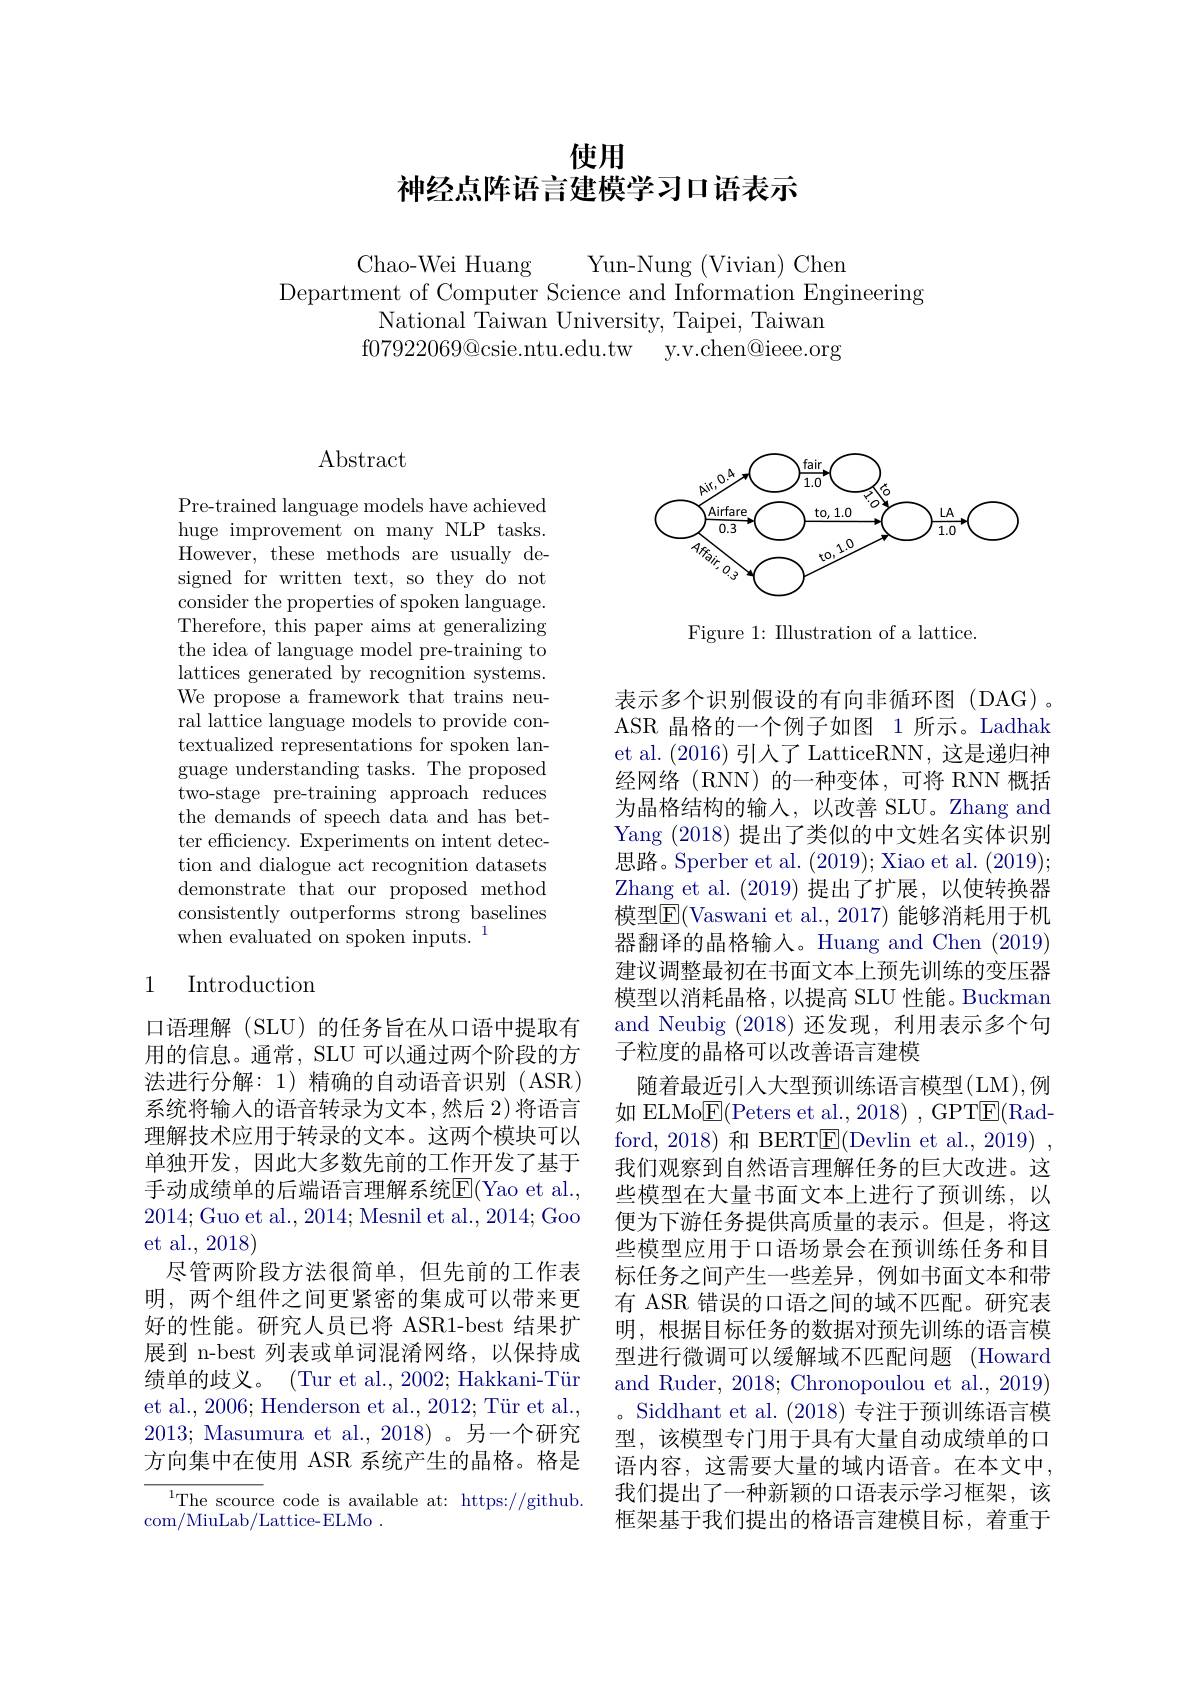
使用
神经点阵语言建模学习口语表示

Chao-Wei Huang
Yun-Nung (Vivian) Chen
Department of Computer Science and Information Engineering
National Taiwan University, Taipei, Taiwan f07922069@ csie. ntu. edu. tw y. v. chen@ ieee. org

## $\operatorname{Abstract}$

Pre-trained language models have achieved huge improvement on many NLP tasks. However, these methods are usually designed for written text, so they do not consider the properties of spoken language. Therefore, this paper aims at generalizing the idea of language model pre-training to lattices generated by recognition systems. We propose a framework that trains neural lattice language models to provide contextualized representations for spoken language understanding tasks. The proposed two-stage pre-training approach reduces the demands of speech data and has better efficiency. Experiments on intent detection and dialogue act recognition datasets demonstrate that our proposed method consistently outperforms strong baselines when evaluated on spoken inputs.$^1$

## 1 Introduction

口语理解 (SLU) 的任务旨在从口语中提取有用的信息。通常，SLU 可以通过两个阶段的方法进行分解：1)精确的自动语音识别(ASR) 系统将输入的语音转录为文本，然后 2)将语言理解技术应用于转录的文本。这两个模块可以单独开发，因此大多数先前的工作开发了基于手动成绩单的后端语言理解系统$\overline {E}$( Yao et al. , 2014;Guo et al., 2014; Mesnil et al., 2014; Goo et al., 2018)
尽管两阶段方法很简单，但先前的工作表明，两个组件之间更紧密的集成可以带来更好的性能。研究人员已将 ASR1-best 结果扩展到 n-best 列表或单词混淆网络，以保持成绩单的歧义。(Tur et al., 2002; Hakkani-Tür et al., 2006; Henderson et al., 2012; Tür et al., 2013; Masumura et al., 2018)。另一个研究方向集中在使用 ASR 系统产生的晶格。格是

${^{1}\text{The scourc}}$e code is available at: https://github.
com/MiuLab/Lattice-ELMo .

<FigureHere>

Figure 1: Illustration of a lattice.

表示多个识别假设的有向非循环图(DAG)。ASR 晶格的一个例子如图 1所示。Ladhak et al. (2016)引人了 LatticeRNN, 这是递归神经网络(RNN)的一种变体，可将 RNN 概括为晶格结构的输入，以改善 SLU。Zhang and Yang (2018)提出了类似的中文姓名实体识别思路。Sperber et al. (2019); Xiao et al. (2019); Zhang et al.(2019)提出了扩展，以使转换器模型$\overline{\mathrm{F}}($Vaswani et al.,2017)能够消耗用于机器翻译的晶格输入。Huang and Chen (2019) 建议调整最初在书面文本上预先训练的变压器模型以消耗晶格，以提高 SLU 性能。Buckman and Neubig (2018)还发现，利用表示多个句子粒度的晶格可以改善语言建模
随着最近引入大型预训练语言模型(LM),例如 ELMo$\boxed{\mathrm{F}}($Peters et al., 2018) , GPT$\boxed{\mathrm{F}}($Radford, 2018) 和 BERT$\overline{\mathrm{E}}($Devlin et al., 2019) , 我们观察到自然语言理解任务的巨大改进。这些模型在大量书面文本上进行了预训练，以便为下游任务提供高质量的表示。但是，将这些模型应用于口语场景会在预训练任务和目标任务之间产生一些差异，例如书面文本和带有 ASR 错误的口语之间的域不匹配。研究表明，根据目标任务的数据对预先训练的语言模型进行微调可以缓解域不匹配问题 (Howard and Ruder, 2018; Chronopoulou et al., 2019) 。Siddhant et al. (2018)专注于预训练语言模型，该模型专门用于具有大量自动成绩单的口语内容，这需要大量的域内语音。在本文中， 我们提出了一种新颖的口语表示学习框架，该框架基于我们提出的格语言建模目标，着重于